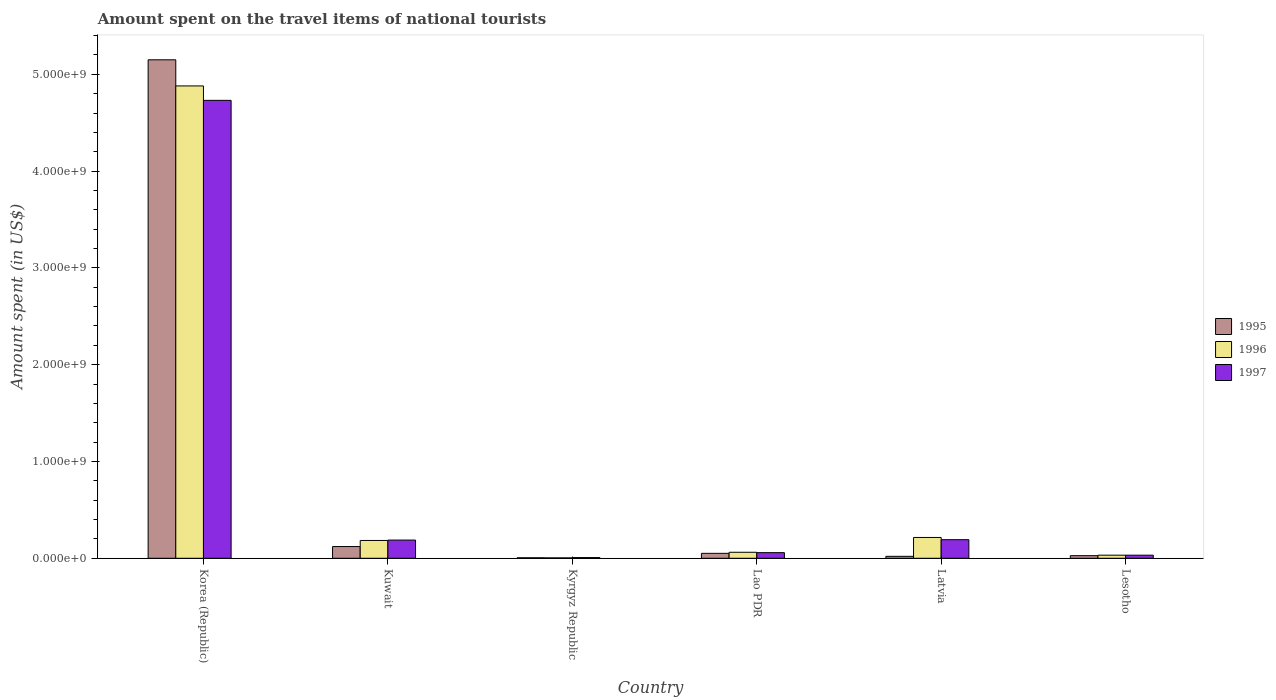
| Country | 1995 | 1996 | 1997 |
 | --- | --- | --- | --- |
 | Korea (Republic) | 5.15e+09 | 4.88e+09 | 4.73e+09 |
 | Kuwait | 1.21e+08 | 1.84e+08 | 1.88e+08 |
 | Kyrgyz Republic | 5e+06 | 4e+06 | 7e+06 |
 | Lao PDR | 5.1e+07 | 6.2e+07 | 5.8e+07 |
 | Latvia | 2e+07 | 2.15e+08 | 1.92e+08 |
 | Lesotho | 2.7e+07 | 3.2e+07 | 3.2e+07 |